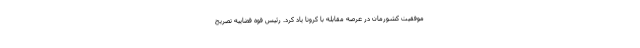
موفقیت کشورمان در عرصه مقابله با کرونا یاد کرد. رئیس قوه قضاییه تصریح